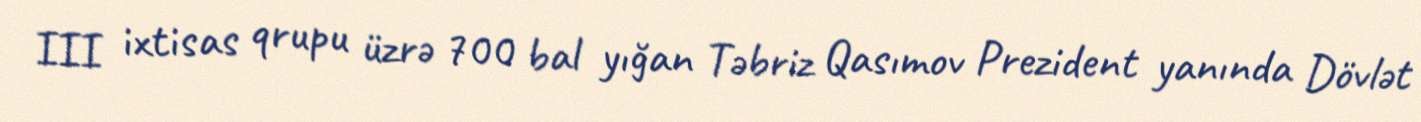
III ixtisas qrupu üzrə 700 bal yığan Təbriz Qasımov Prezident yanında Dövlət